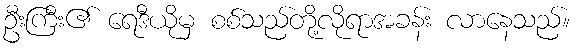
ဦးကြီး၏ ရေဒီယိုမှ စစ်သည်တို့လိုရာအခန်း လာနေသည်။